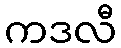
ကဒလီ